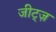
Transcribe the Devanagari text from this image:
जीट्ज़